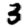
Digit: 3